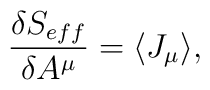
\frac{\delta S_{eff}}{\delta A^{\mu}}=\langle J_{\mu} \rangle,